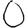
Digit: 0